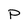
Character: p